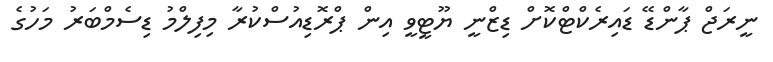
ނީރަޖް ޕާންޑޭ ޑައިރެކްޓްކޮށް ޑިޒްނީ ޔޫޓީވީ އިން ޕްރޮޑިއުސްކުރާ މިފިލްމު ޑިސެމްބަރު މަހުގެ